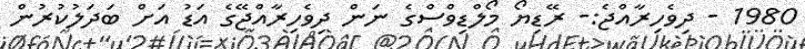
1980 - ދިވެހިރާއްޖެ:- ރޭޑިޔޯ މޯލްޑިވްސްގެ ނަން ދިވެހިރާއްޖޭގެ އަޑު އަށް ބަދަލުކުރުން